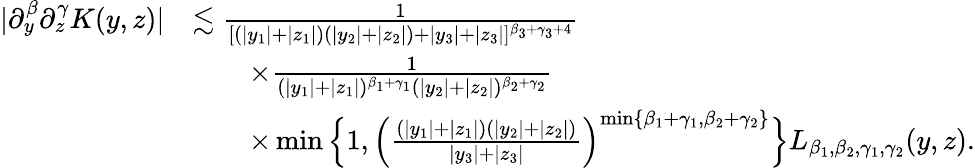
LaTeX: \begin{array}{rl}{|\partial_{y}^{\beta}\partial_{z}^{\gamma}K(y,z)|}&{\lesssim\frac 1{[(|y_{1}|+|z_{1}|)(|y_{2}|+|z_{2}|)+|y_{3}|+|z_{3}|]^{\beta_{3}+\gamma_{3}+4}}}\\ &{\qquad\times\frac 1{(|y_{1}|+|z_{1}|)^{\beta_{1}+\gamma_{1}}(|y_{2}|+|z_{2}|)^{\beta_{2}+\gamma_{2}}}}\\ &{\qquad\times\operatorname*{min}\Big\{ 1,\Big(\frac{(|y_{1}|+|z_{1}|)(|y_{2}|+|z_{2}|)}{|y_{3}|+|z_{3}|}\Big)^{\operatorname*{min}\{ \beta_{1}+\gamma_{1},\beta_{2}+\gamma_{2}\} }\Big\} L_{\beta_{1},\beta_{2},\gamma_{1},\gamma_{2}}(y,z).}\end{array}